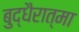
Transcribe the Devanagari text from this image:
बुद्धैरात्मा